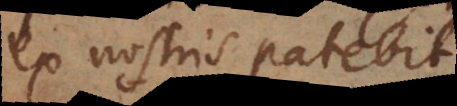
ex nostris patebit.